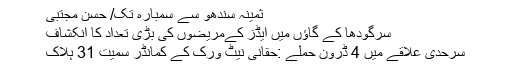
ثمینہ سندھو سے سمبارہ تک/ حسن مجتبٰی
سرگودھا کے گاؤں میں ایڈز کےمریضوں کی بڑی تعداد کا انکشاف
سرحدی علاقے میں 4 ڈرون حملے :حقانی نیٹ ورک کے کمانڈر سمیت 31 ہلاک